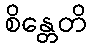
စိန္တေတိ